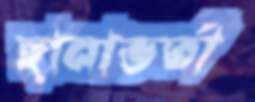
ছানাভর্তা